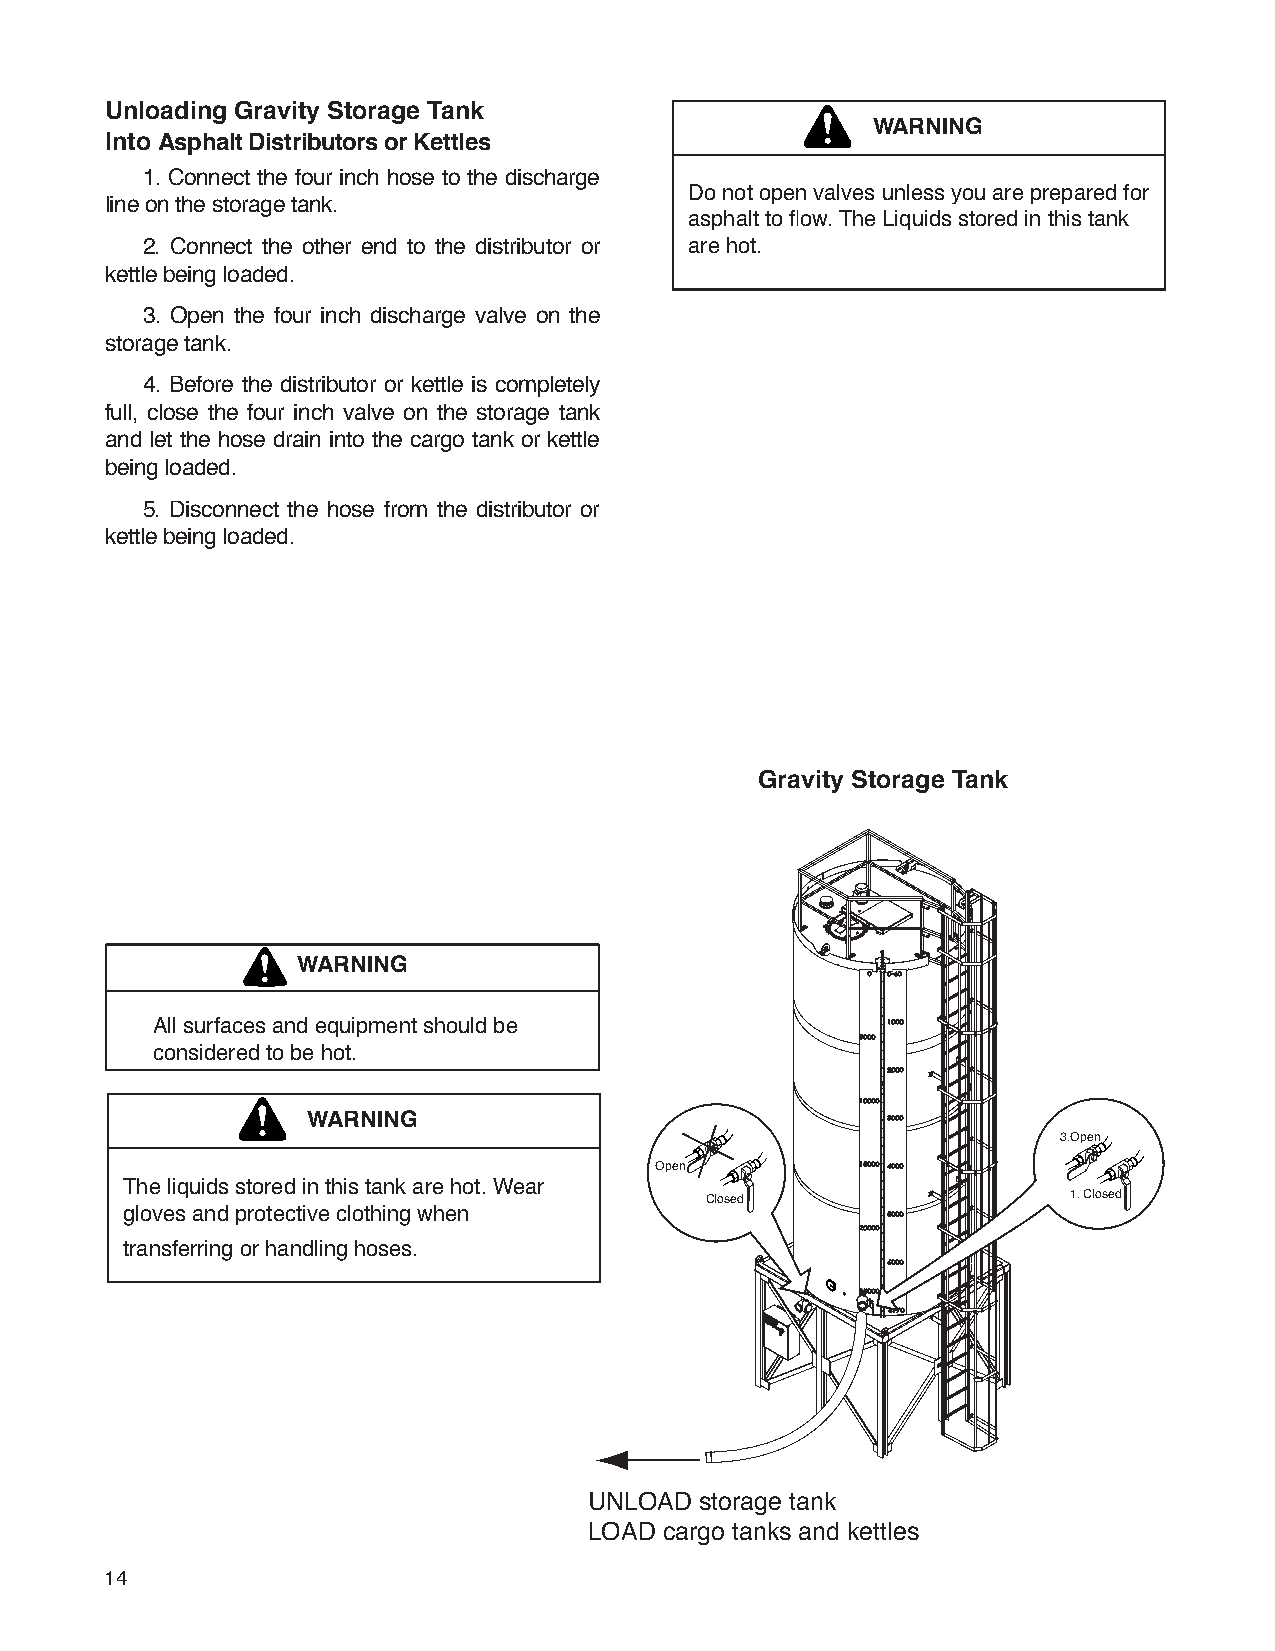
Unloading Gravity Storage Tank
 WARNING
 Into Asphalt Distributors or Kettles
 1. Connect the four inch hose to the discharge
 Do not open valves unless you are prepared for
 line on the storage tank.
 asphalt to flow. The Liquids stored in this tank
 2. Connect the other end to the distributor or are hot.
 kettle being loaded.
 3. Open the four inch discharge valve on the
 storage tank.
 4. Before the distributor or kettle is completely
 full, close the four inch valve on the storage tank
 and let the hose drain into the cargo tank or kettle
 being loaded.
 5. Disconnect the hose from the distributor or
 kettle being loaded.
 Gravity Storage Tank
 WARNING
 All surfaces and equipment should be
 considered to be hot.
 WARNING
 3.Open
 Open
 The liquids stored in this tank are hot. Wear
 Closed                  1. Closed
 gloves and protective clothing when
 transferring or handling hoses.
 UNLOAD storage tank
 LOAD cargo tanks and kettles
 14